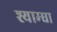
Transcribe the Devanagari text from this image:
श्याम्घा